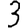
Digit: 3